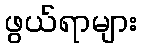
ဖွယ်ရာများ